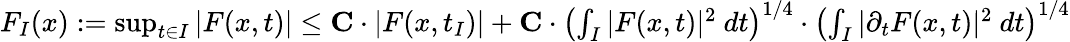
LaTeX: \begin{array}{r}{F_{I}(x)\mathrel{\mathop:}=\operatorname*{sup}_{t\in I}|F(x,t)|\leq\mathbf{C}\cdot|F(x,t_{I})|+\mathbf{C}\cdot\left(\int_{I}|F(x,t)|^{2}\ dt\right)^{1/4}\cdot\left(\int_{I}|\partial_{t}F(x,t)|^{2}\ dt\right)^{1/4}}\end{array}